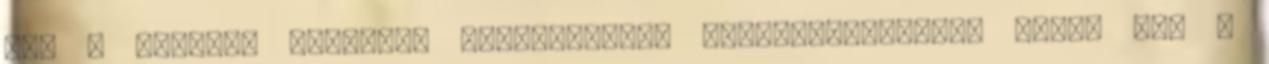
fel a gyorsan feltelő, korszerűtlen szeméttározókat, ahogy azt a